Scientific memoirs by medical officers of the Army of India - Part XII,
Year: 1901
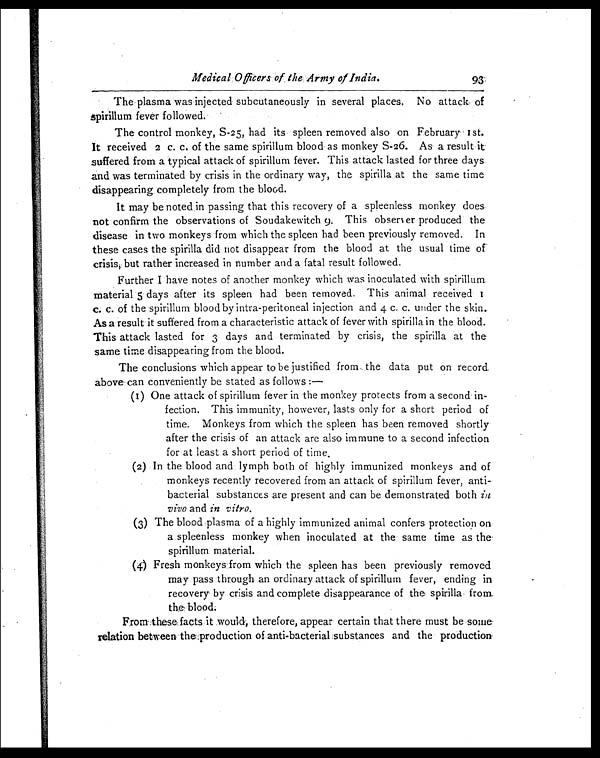
Medical Officers of the Army of India.
93
The plasma was injected subcutaneously in several places. No attack of
spirillum fever followed.
The control monkey, S-25, had its spleen removed also on February 1st.
It received 2 c. c. of the same spirillum blood as monkey S-26. As a result it
suffered from a typical attack of spirillum fever. This attack lasted for three days
and was terminated by crisis in the ordinary way, the spirilla at the same time
disappearing completely from the blood.
It may be noted in passing that this recovery of a spleenless monkey does
not confirm the observations of Soudakewitch 9. This observer produced the
disease in two monkeys from which the spleen had been previously removed. In
these cases the spirilla did not disappear from the blood at the usual time of
crisis, but rather increased in number and a fatal result followed.
Further I have notes of another monkey which was inoculated with spirillum
material 5 days after its spleen had been removed. This animal received
1 c.c. of the spirillum blood by intra-peritoneal injection and 4 c. c. under the skin.
As a result it suffered from a characteristic attack of fever with spirilla in the blood.
This attack lasted for 3 days and terminated by crisis, the spirilla at the
same time disappearing from the blood.
The conclusions which appear to be justified from the data put on record
above can conveniently be stated as follows :—
(1) One attack of spirillum fever in the monkey protects from a second in-
fection. This immunity, however, lasts only for a short period of
time. Monkeys from which the spleen has been removed shortly
after the crisis of an attack are also immune to a second infection
for at least a short period of time.
(2) In the blood and lymph both of highly immunized monkeys and of
monkeys recently recovered from an attack of spirillum fever, anti-
bacterial substances are present and can be demonstrated both in
vivo and in vitro.
(3) The blood plasma of a highly immunized animal confers protection on
a spleenless monkey when inoculated at the same time as the
spirillurn material.
(4) Fresh monkeys from which the spleen has been previously removed
may pass through an ordinary attack of spirillum fever, ending in
recovery by crisis and complete disappearance of the spirilla from
the blood .
From these facts it would, therefore, appear certain that there must be some
relation between the production of anti-bacterial substances and the production.